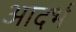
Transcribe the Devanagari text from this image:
आदर्भ